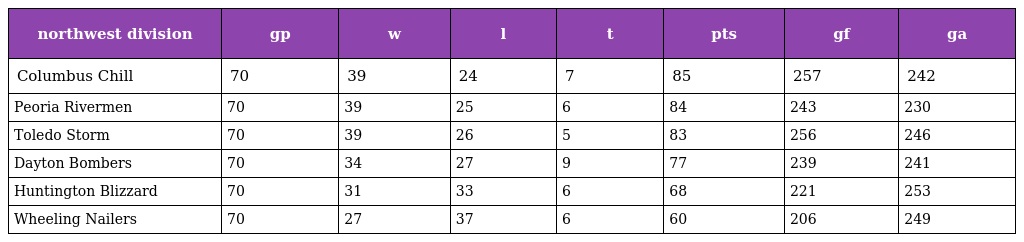
| northwest division | gp | w | l | t | pts | gf | ga |
 | --- | --- | --- | --- | --- | --- | --- | --- |
 | Columbus Chill | 70 | 39 | 24 | 7 | 85 | 257 | 242 |
 | Peoria Rivermen | 70 | 39 | 25 | 6 | 84 | 243 | 230 |
 | Toledo Storm | 70 | 39 | 26 | 5 | 83 | 256 | 246 |
 | Dayton Bombers | 70 | 34 | 27 | 9 | 77 | 239 | 241 |
 | Huntington Blizzard | 70 | 31 | 33 | 6 | 68 | 221 | 253 |
 | Wheeling Nailers | 70 | 27 | 37 | 6 | 60 | 206 | 249 |